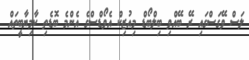
ލަސް ވޭގަސްގައި ރޭ ބޭއްވި ބިލްބޯޑް މިއުޒިކް އެވޯޑްސްގެ އެންމެ ބޮޑެތި ކާމިޔާބީތައް